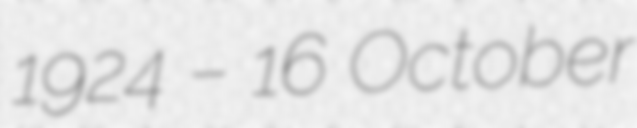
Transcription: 1924 – 16 October